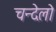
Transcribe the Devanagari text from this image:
चन्देलो